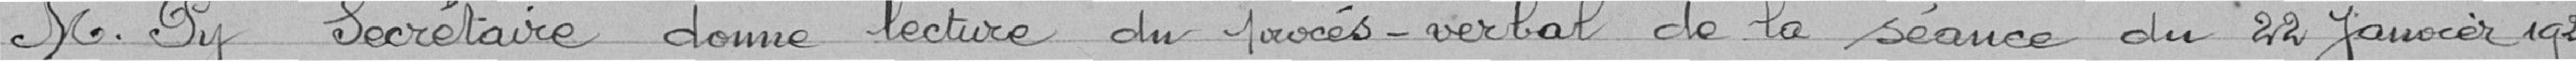
M. Py Secrétaire donne lecture du procès-verbal de la séance du 22 janvier 1921